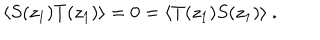
\langle S ( z _ { 1 } ) T ( z _ { 1 } ) \rangle = 0 = \langle T ( z _ { 1 } ) S ( z _ { 1 } ) \rangle \ .